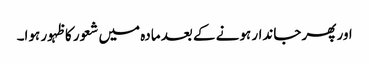
اور پھر جاندار ہونے کے بعد مادہ میں شعور کا ظہور ہوا۔